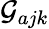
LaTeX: \mathcal{G}_{ajk}